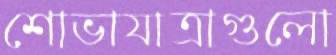
শোভাযাত্রাগুলো